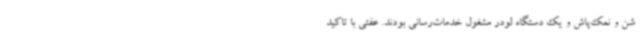
شن و نمک‌پاش و یک دستگاه لودر مشغول خدمات‌رسانی بودند. عفتی با تاکید